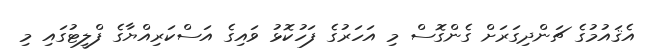
އެޤައުމުގެ ޗަންދިގަރަށް ގެންގޮސް މި އަހަރުގެ ފަހުކޮޅު ވައިގެ އަސްކަރިއްޔާގެ ފްލީޓުގައި މި